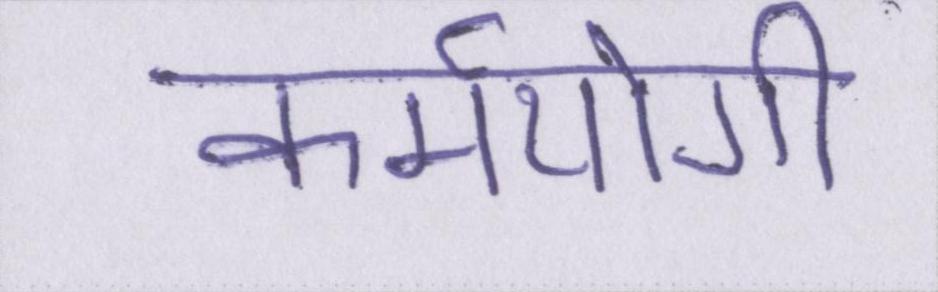
कर्मयोगी